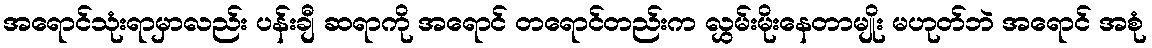
အရောင်သုံးရာမှာလည်း ပန်းချီ ဆရာကို အရောင် တရောင်တည်းက လွှမ်းမိုးနေတာမျိုး မဟုတ်ဘဲ အရောင် အစုံ